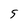
Character: 5